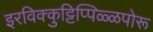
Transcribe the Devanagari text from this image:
इरविक्कुट्टिप्पिळ्ळपोरू